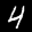
Label: 4